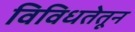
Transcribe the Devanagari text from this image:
विविधतेतून